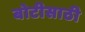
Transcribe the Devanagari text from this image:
बोटीसाठी